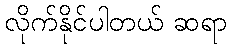
လိုက်နိုင်ပါတယ် ဆရာ